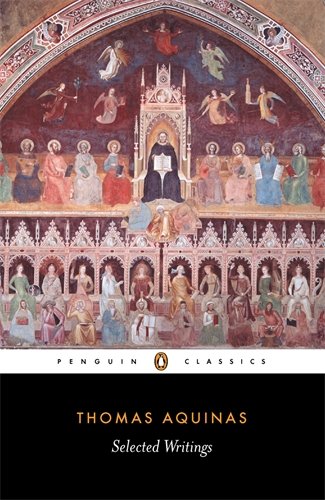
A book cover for Thomas Aquinas: Selected Writings (Penguin Classics); Thomas Aquinas; Politics & Social Sciences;